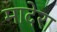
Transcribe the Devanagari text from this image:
मादेरा